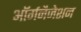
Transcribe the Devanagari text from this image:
ऑर्गनैजेशन